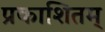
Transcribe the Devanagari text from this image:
प्रकाशितम्